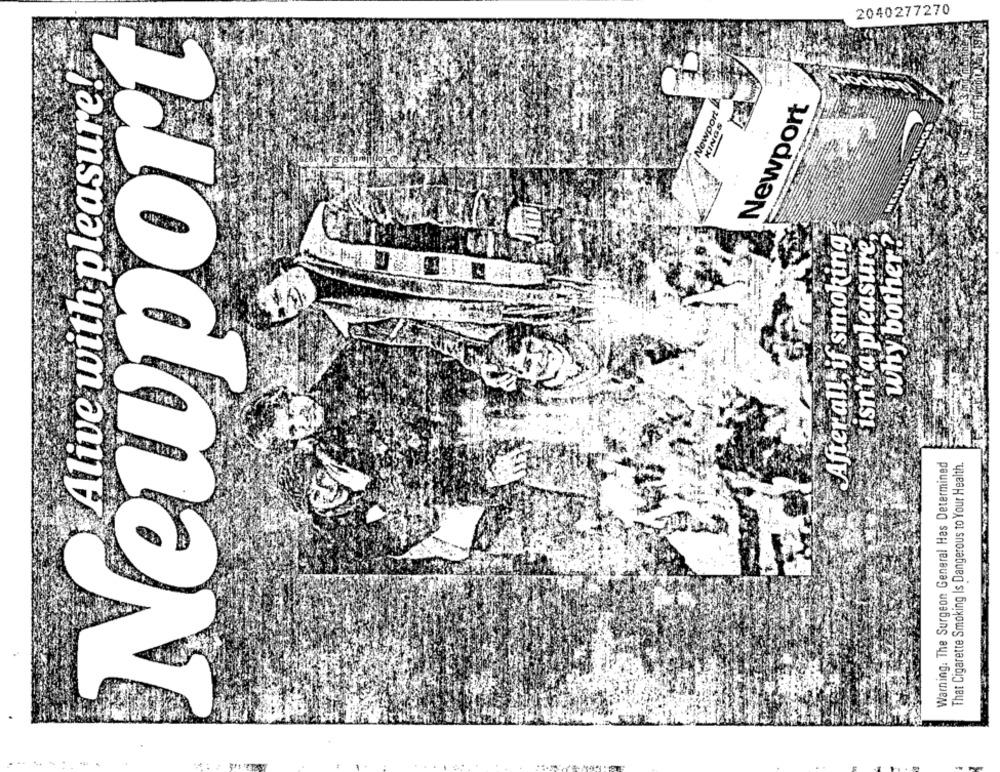
2040277270
Newport
Alive with pleasure!
Newport L
Newport
KINGS
why bother?
After all, if smoking
isn't a pleasure,
Warning: The Surgeon General Has Determined
That Cigarette Smoking Is Dangerous to Your Health.